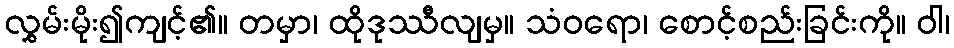
လွှမ်းမိုး၍ကျင့်၏။ တမှာ၊ ထိုဒုဿီလျမှ။ သံဝရော၊ စောင့်စည်းခြင်းကို။ ဝါ၊